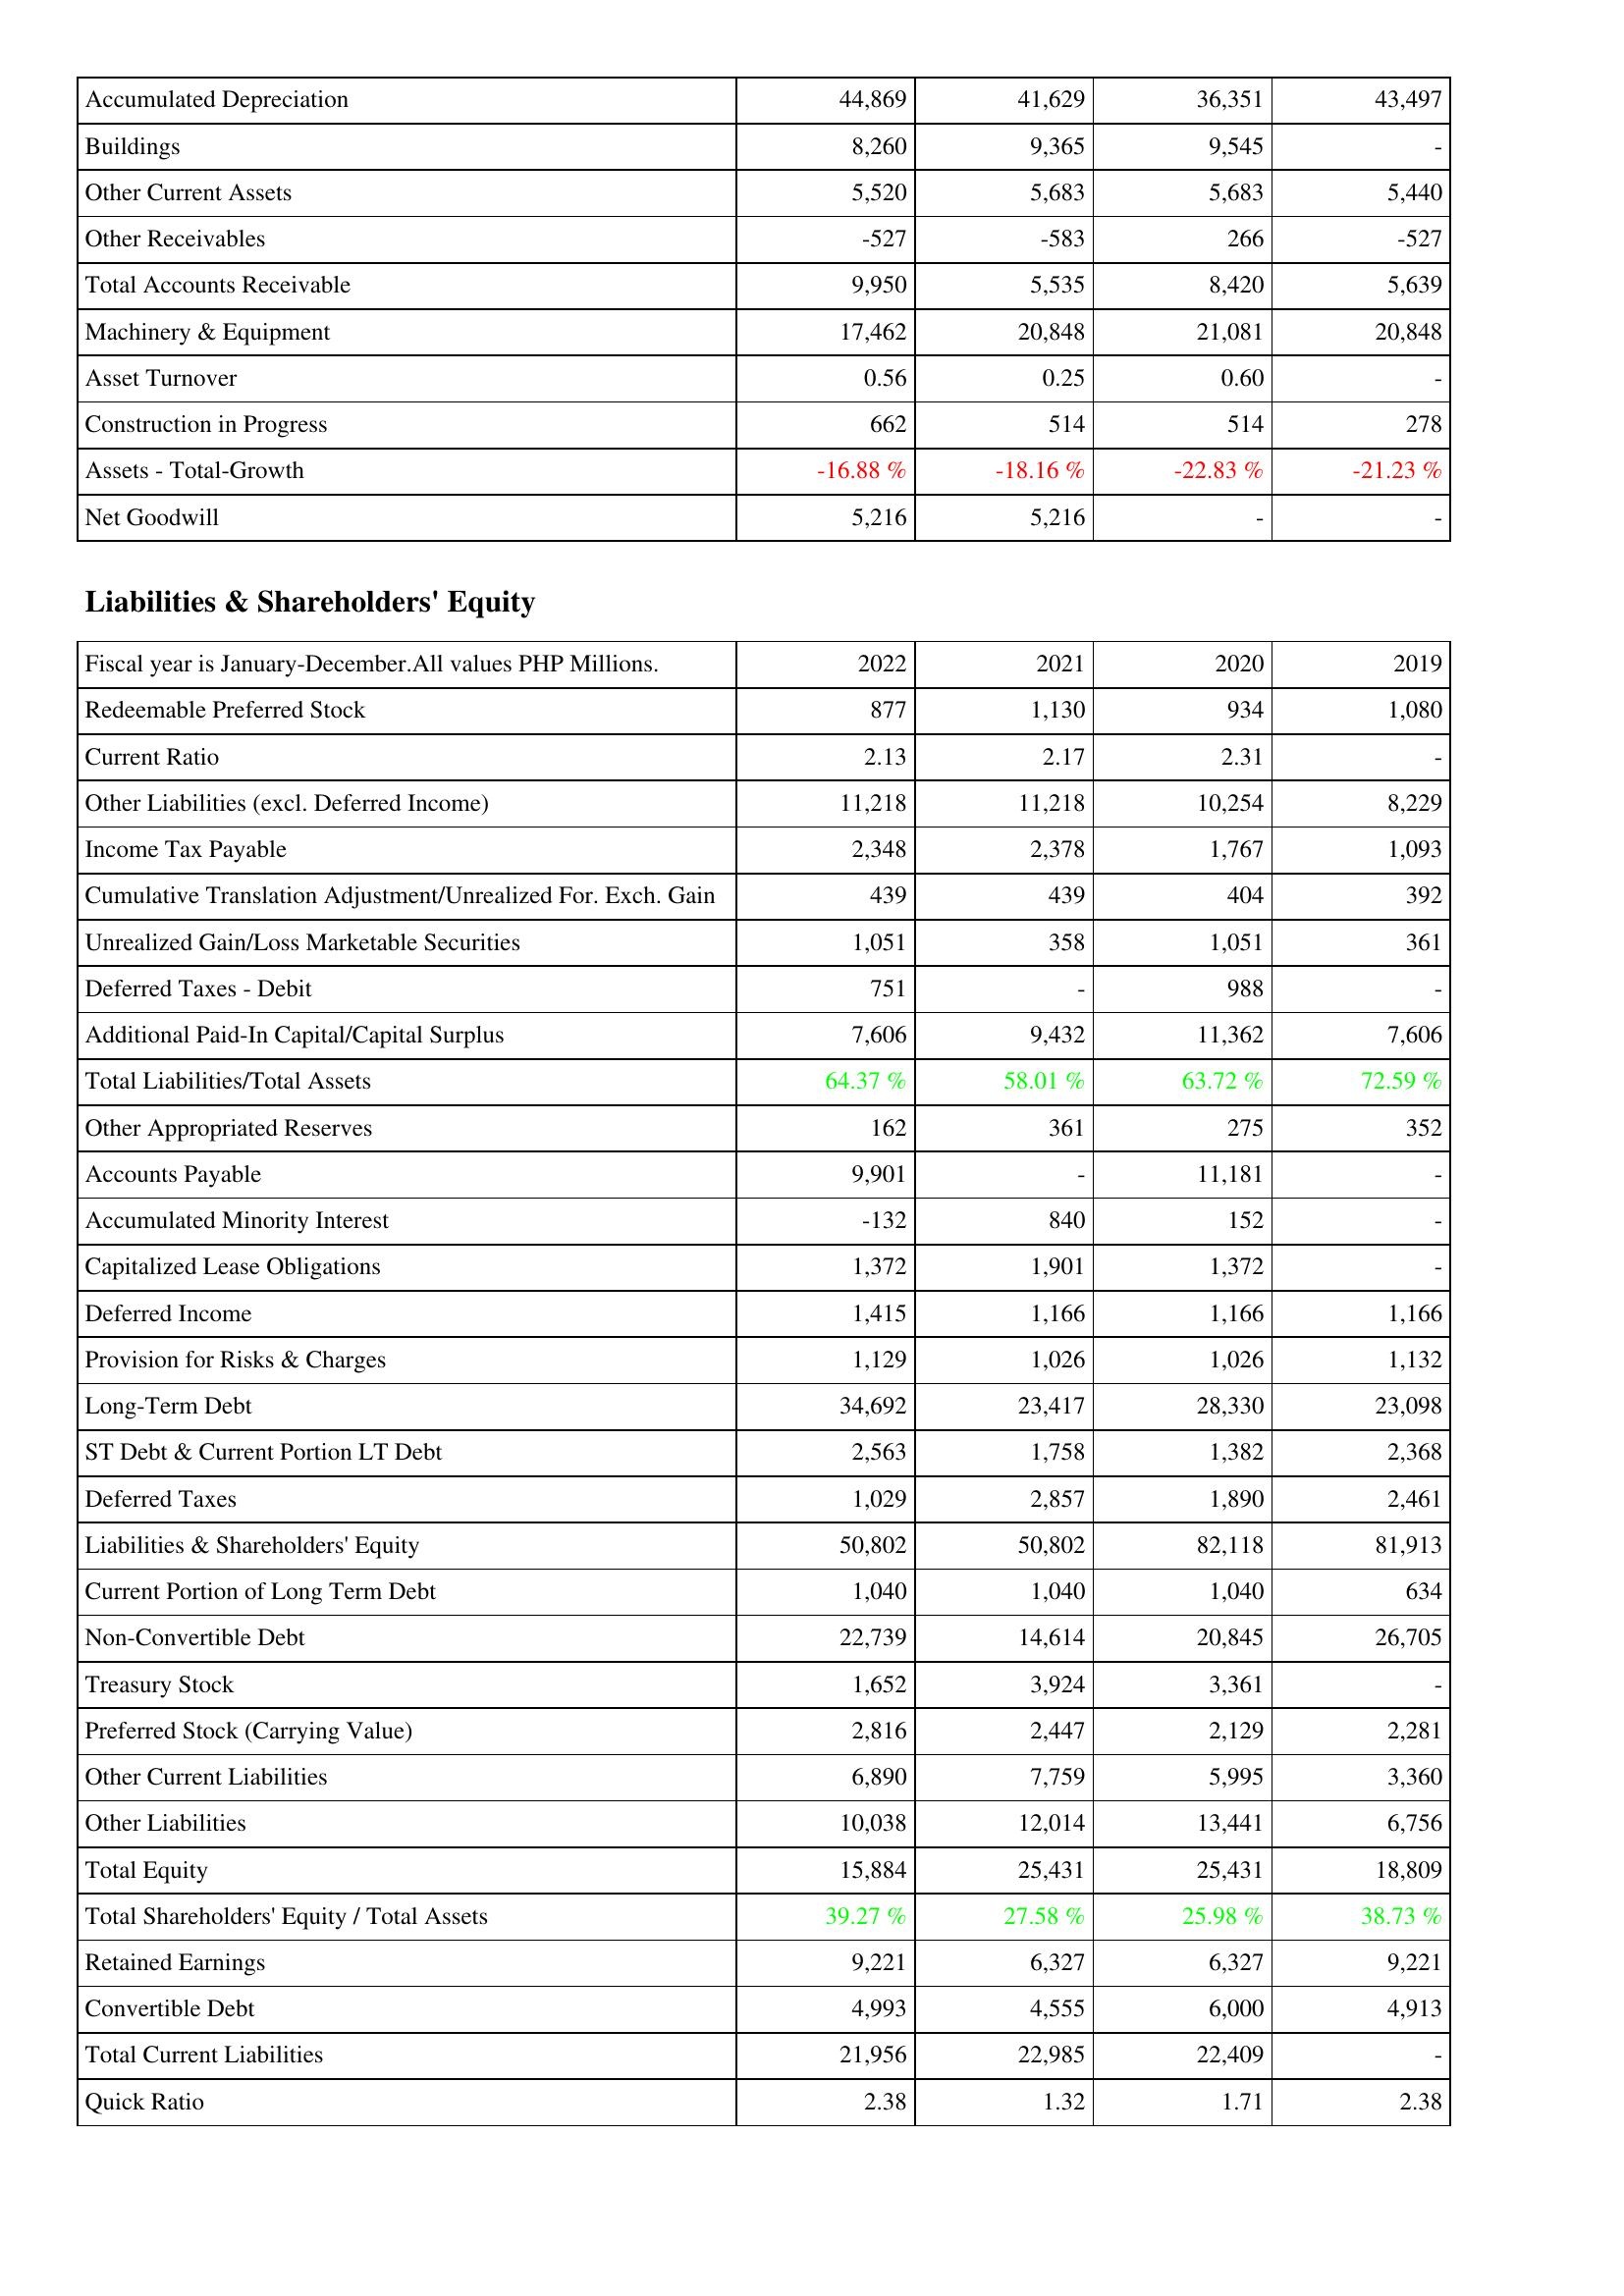
2022: Assets: Accumulated Depreciation: 44,869
Buildings: 8,260
Other Current Assets: 5,520
Other Receivables: -527
Total Accounts Receivable: 9,950
Machinery & Equipment: 17,462
Asset Turnover: 0.56
Construction in Progress: 662
Assets - Total-Growth: -16.88 %
Net Goodwill: 5,216
Liabilities & Shareholders' Equity: Redeemable Preferred Stock: 877
Current Ratio: 2.13
Other Liabilities (excl. Deferred Income): 11,218
Income Tax Payable: 2,348
Cumulative Translation Adjustment/Unrealized For. Exch. Gain: 439
Unrealized Gain/Loss Marketable Securities: 1,051
Deferred Taxes - Debit: 751
Additional Paid-In Capital/Capital Surplus: 7,606
Total Liabilities/Total Assets: 64.37 %
Other Appropriated Reserves: 162
Accounts Payable: 9,901
Accumulated Minority Interest: -132
Capitalized Lease Obligations: 1,372
Deferred Income: 1,415
Provision for Risks & Charges: 1,129
Long-Term Debt: 34,692
ST Debt & Current Portion LT Debt: 2,563
Deferred Taxes: 1,029
Liabilities & Shareholders' Equity: 50,802
Current Portion of Long Term Debt: 1,040
Non-Convertible Debt: 22,739
Treasury Stock: 1,652
Preferred Stock (Carrying Value): 2,816
Other Current Liabilities: 6,890
Other Liabilities: 10,038
Total Equity: 15,884
Total Shareholders' Equity / Total Assets: 39.27 %
Retained Earnings: 9,221
Convertible Debt: 4,993
Total Current Liabilities: 21,956
Quick Ratio: 2.38
2021: Assets: Accumulated Depreciation: 41,629
Buildings: 9,365
Other Current Assets: 5,683
Other Receivables: -583
Total Accounts Receivable: 5,535
Machinery & Equipment: 20,848
Asset Turnover: 0.25
Construction in Progress: 514
Assets - Total-Growth: -18.16 %
Net Goodwill: 5,216
Liabilities & Shareholders' Equity: Redeemable Preferred Stock: 1,130
Current Ratio: 2.17
Other Liabilities (excl. Deferred Income): 11,218
Income Tax Payable: 2,378
Cumulative Translation Adjustment/Unrealized For. Exch. Gain: 439
Unrealized Gain/Loss Marketable Securities: 358
Deferred Taxes - Debit: -
Additional Paid-In Capital/Capital Surplus: 9,432
Total Liabilities/Total Assets: 58.01 %
Other Appropriated Reserves: 361
Accounts Payable: -
Accumulated Minority Interest: 840
Capitalized Lease Obligations: 1,901
Deferred Income: 1,166
Provision for Risks & Charges: 1,026
Long-Term Debt: 23,417
ST Debt & Current Portion LT Debt: 1,758
Deferred Taxes: 2,857
Liabilities & Shareholders' Equity: 50,802
Current Portion of Long Term Debt: 1,040
Non-Convertible Debt: 14,614
Treasury Stock: 3,924
Preferred Stock (Carrying Value): 2,447
Other Current Liabilities: 7,759
Other Liabilities: 12,014
Total Equity: 25,431
Total Shareholders' Equity / Total Assets: 27.58 %
Retained Earnings: 6,327
Convertible Debt: 4,555
Total Current Liabilities: 22,985
Quick Ratio: 1.32
2020: Assets: Accumulated Depreciation: 36,351
Buildings: 9,545
Other Current Assets: 5,683
Other Receivables: 266
Total Accounts Receivable: 8,420
Machinery & Equipment: 21,081
Asset Turnover: 0.60
Construction in Progress: 514
Assets - Total-Growth: -22.83 %
Net Goodwill: -
Liabilities & Shareholders' Equity: Redeemable Preferred Stock: 934
Current Ratio: 2.31
Other Liabilities (excl. Deferred Income): 10,254
Income Tax Payable: 1,767
Cumulative Translation Adjustment/Unrealized For. Exch. Gain: 404
Unrealized Gain/Loss Marketable Securities: 1,051
Deferred Taxes - Debit: 988
Additional Paid-In Capital/Capital Surplus: 11,362
Total Liabilities/Total Assets: 63.72 %
Other Appropriated Reserves: 275
Accounts Payable: 11,181
Accumulated Minority Interest: 152
Capitalized Lease Obligations: 1,372
Deferred Income: 1,166
Provision for Risks & Charges: 1,026
Long-Term Debt: 28,330
ST Debt & Current Portion LT Debt: 1,382
Deferred Taxes: 1,890
Liabilities & Shareholders' Equity: 82,118
Current Portion of Long Term Debt: 1,040
Non-Convertible Debt: 20,845
Treasury Stock: 3,361
Preferred Stock (Carrying Value): 2,129
Other Current Liabilities: 5,995
Other Liabilities: 13,441
Total Equity: 25,431
Total Shareholders' Equity / Total Assets: 25.98 %
Retained Earnings: 6,327
Convertible Debt: 6,000
Total Current Liabilities: 22,409
Quick Ratio: 1.71
2019: Assets: Accumulated Depreciation: 43,497
Buildings: -
Other Current Assets: 5,440
Other Receivables: -527
Total Accounts Receivable: 5,639
Machinery & Equipment: 20,848
Asset Turnover: -
Construction in Progress: 278
Assets - Total-Growth: -21.23 %
Net Goodwill: -
Liabilities & Shareholders' Equity: Redeemable Preferred Stock: 1,080
Current Ratio: -
Other Liabilities (excl. Deferred Income): 8,229
Income Tax Payable: 1,093
Cumulative Translation Adjustment/Unrealized For. Exch. Gain: 392
Unrealized Gain/Loss Marketable Securities: 361
Deferred Taxes - Debit: -
Additional Paid-In Capital/Capital Surplus: 7,606
Total Liabilities/Total Assets: 72.59 %
Other Appropriated Reserves: 352
Accounts Payable: -
Accumulated Minority Interest: -
Capitalized Lease Obligations: -
Deferred Income: 1,166
Provision for Risks & Charges: 1,132
Long-Term Debt: 23,098
ST Debt & Current Portion LT Debt: 2,368
Deferred Taxes: 2,461
Liabilities & Shareholders' Equity: 81,913
Current Portion of Long Term Debt: 634
Non-Convertible Debt: 26,705
Treasury Stock: -
Preferred Stock (Carrying Value): 2,281
Other Current Liabilities: 3,360
Other Liabilities: 6,756
Total Equity: 18,809
Total Shareholders' Equity / Total Assets: 38.73 %
Retained Earnings: 9,221
Convertible Debt: 4,913
Total Current Liabilities: -
Quick Ratio: 2.38